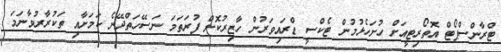
ޓްރާންސްޕޯޓް އޮތޯރިޓީއަށް ހުށަހެޅުމުން ޓެކްސީ ޑްރައިވަރުން ހާޒިރުކޮށް ފުރަތަމަ ނަސޭހަތްދޭނެ ކަމަށާއި ތަކުރާރުވާނަމަ